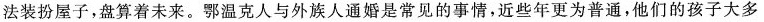
法装扮屋子，盘算着未来。鄂温克人与外族人通婚是常见的事情，近些年更为普通，他们的孩子大多